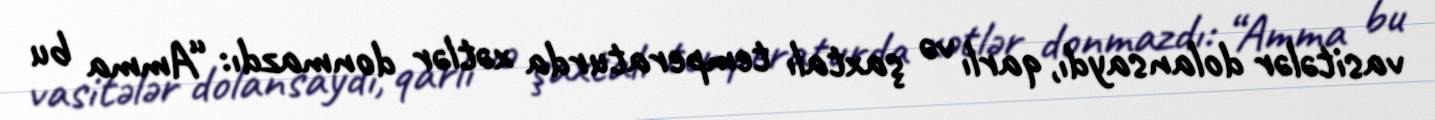
vasitələr dolansaydı, qarlı və şaxtalı temperaturda xətlər donmazdı: “Amma bu